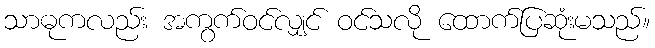
သာဓုကလည်း အကွက်ဝင်လျှင် ဝင်သလို ထောက်ပြဆုံးမသည်။